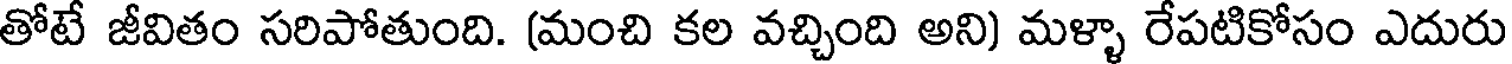
తోటే జీవితం సరిపోతుంది. (మంచి కల వచ్చింది అని) మళ్ళా రేపటికోసం ఎదురు